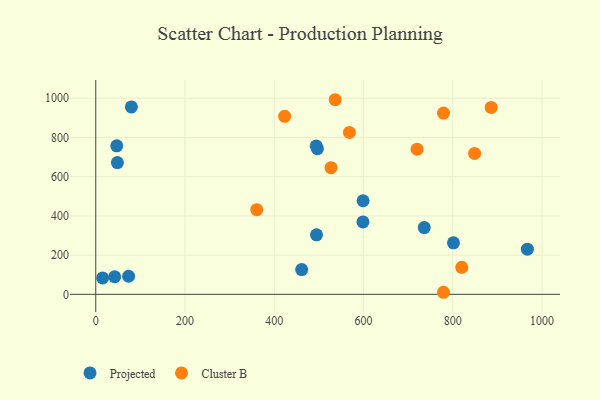
{"axis": {"x": "Engine Size", "y": "Demand"}, "legend": ["Cluster B", "Projected"], "data": [{"x": "494.6", "y": 303.6, "type": "Projected"}, {"x": "15.4", "y": 83.7, "type": "Projected"}, {"x": "48.5", "y": 671.9, "type": "Projected"}, {"x": "598.7", "y": 369.2, "type": "Projected"}, {"x": "496.7", "y": 742.6, "type": "Projected"}, {"x": "736.1", "y": 340.4, "type": "Projected"}, {"x": "967.1", "y": 230.1, "type": "Projected"}, {"x": "801.5", "y": 262.5, "type": "Projected"}, {"x": "79.8", "y": 955.8, "type": "Projected"}, {"x": "494.0", "y": 756.7, "type": "Projected"}, {"x": "42.4", "y": 89.6, "type": "Projected"}, {"x": "73.6", "y": 92.2, "type": "Projected"}, {"x": "47.1", "y": 757.2, "type": "Projected"}, {"x": "461.4", "y": 126.4, "type": "Projected"}, {"x": "599.0", "y": 477.3, "type": "Projected"}, {"x": "779.2", "y": 924.1, "type": "Cluster B"}, {"x": "820.1", "y": 137.7, "type": "Cluster B"}, {"x": "886.0", "y": 952.8, "type": "Cluster B"}, {"x": "536.4", "y": 992.3, "type": "Cluster B"}, {"x": "720.0", "y": 740.2, "type": "Cluster B"}, {"x": "423.3", "y": 907.6, "type": "Cluster B"}, {"x": "779.1", "y": 10.5, "type": "Cluster B"}, {"x": "568.4", "y": 825.5, "type": "Cluster B"}, {"x": "527.2", "y": 645.7, "type": "Cluster B"}, {"x": "360.7", "y": 431.9, "type": "Cluster B"}, {"x": "848.8", "y": 718.6, "type": "Cluster B"}]}